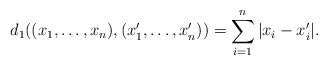
\begin{align*}d_1((x_1,\dots,x_n),(x'_1,\dots,x'_n)) = \sum\limits_{i=1}^{n} |x_i-x'_i|.\end{align*}